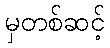
မှတစ်ဆင့်